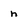
Character: n